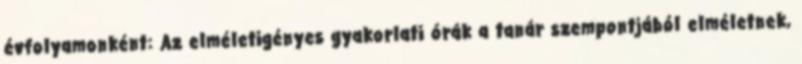
évfolyamonként: Az elméletigényes gyakorlati órák a tanár szempontjából elméletnek,